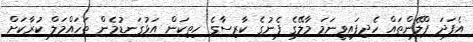
އެފަދަ ޕްލޭންތައް ހެދިފައިވީނަމަ މާލޭގެ ފެނުގެ ކާރިސާގެ ހިތިކަން އަޅުގަނޑުމެން ތަހައްމަލް ކުރާކަށް